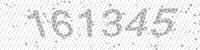
Solution: 161345